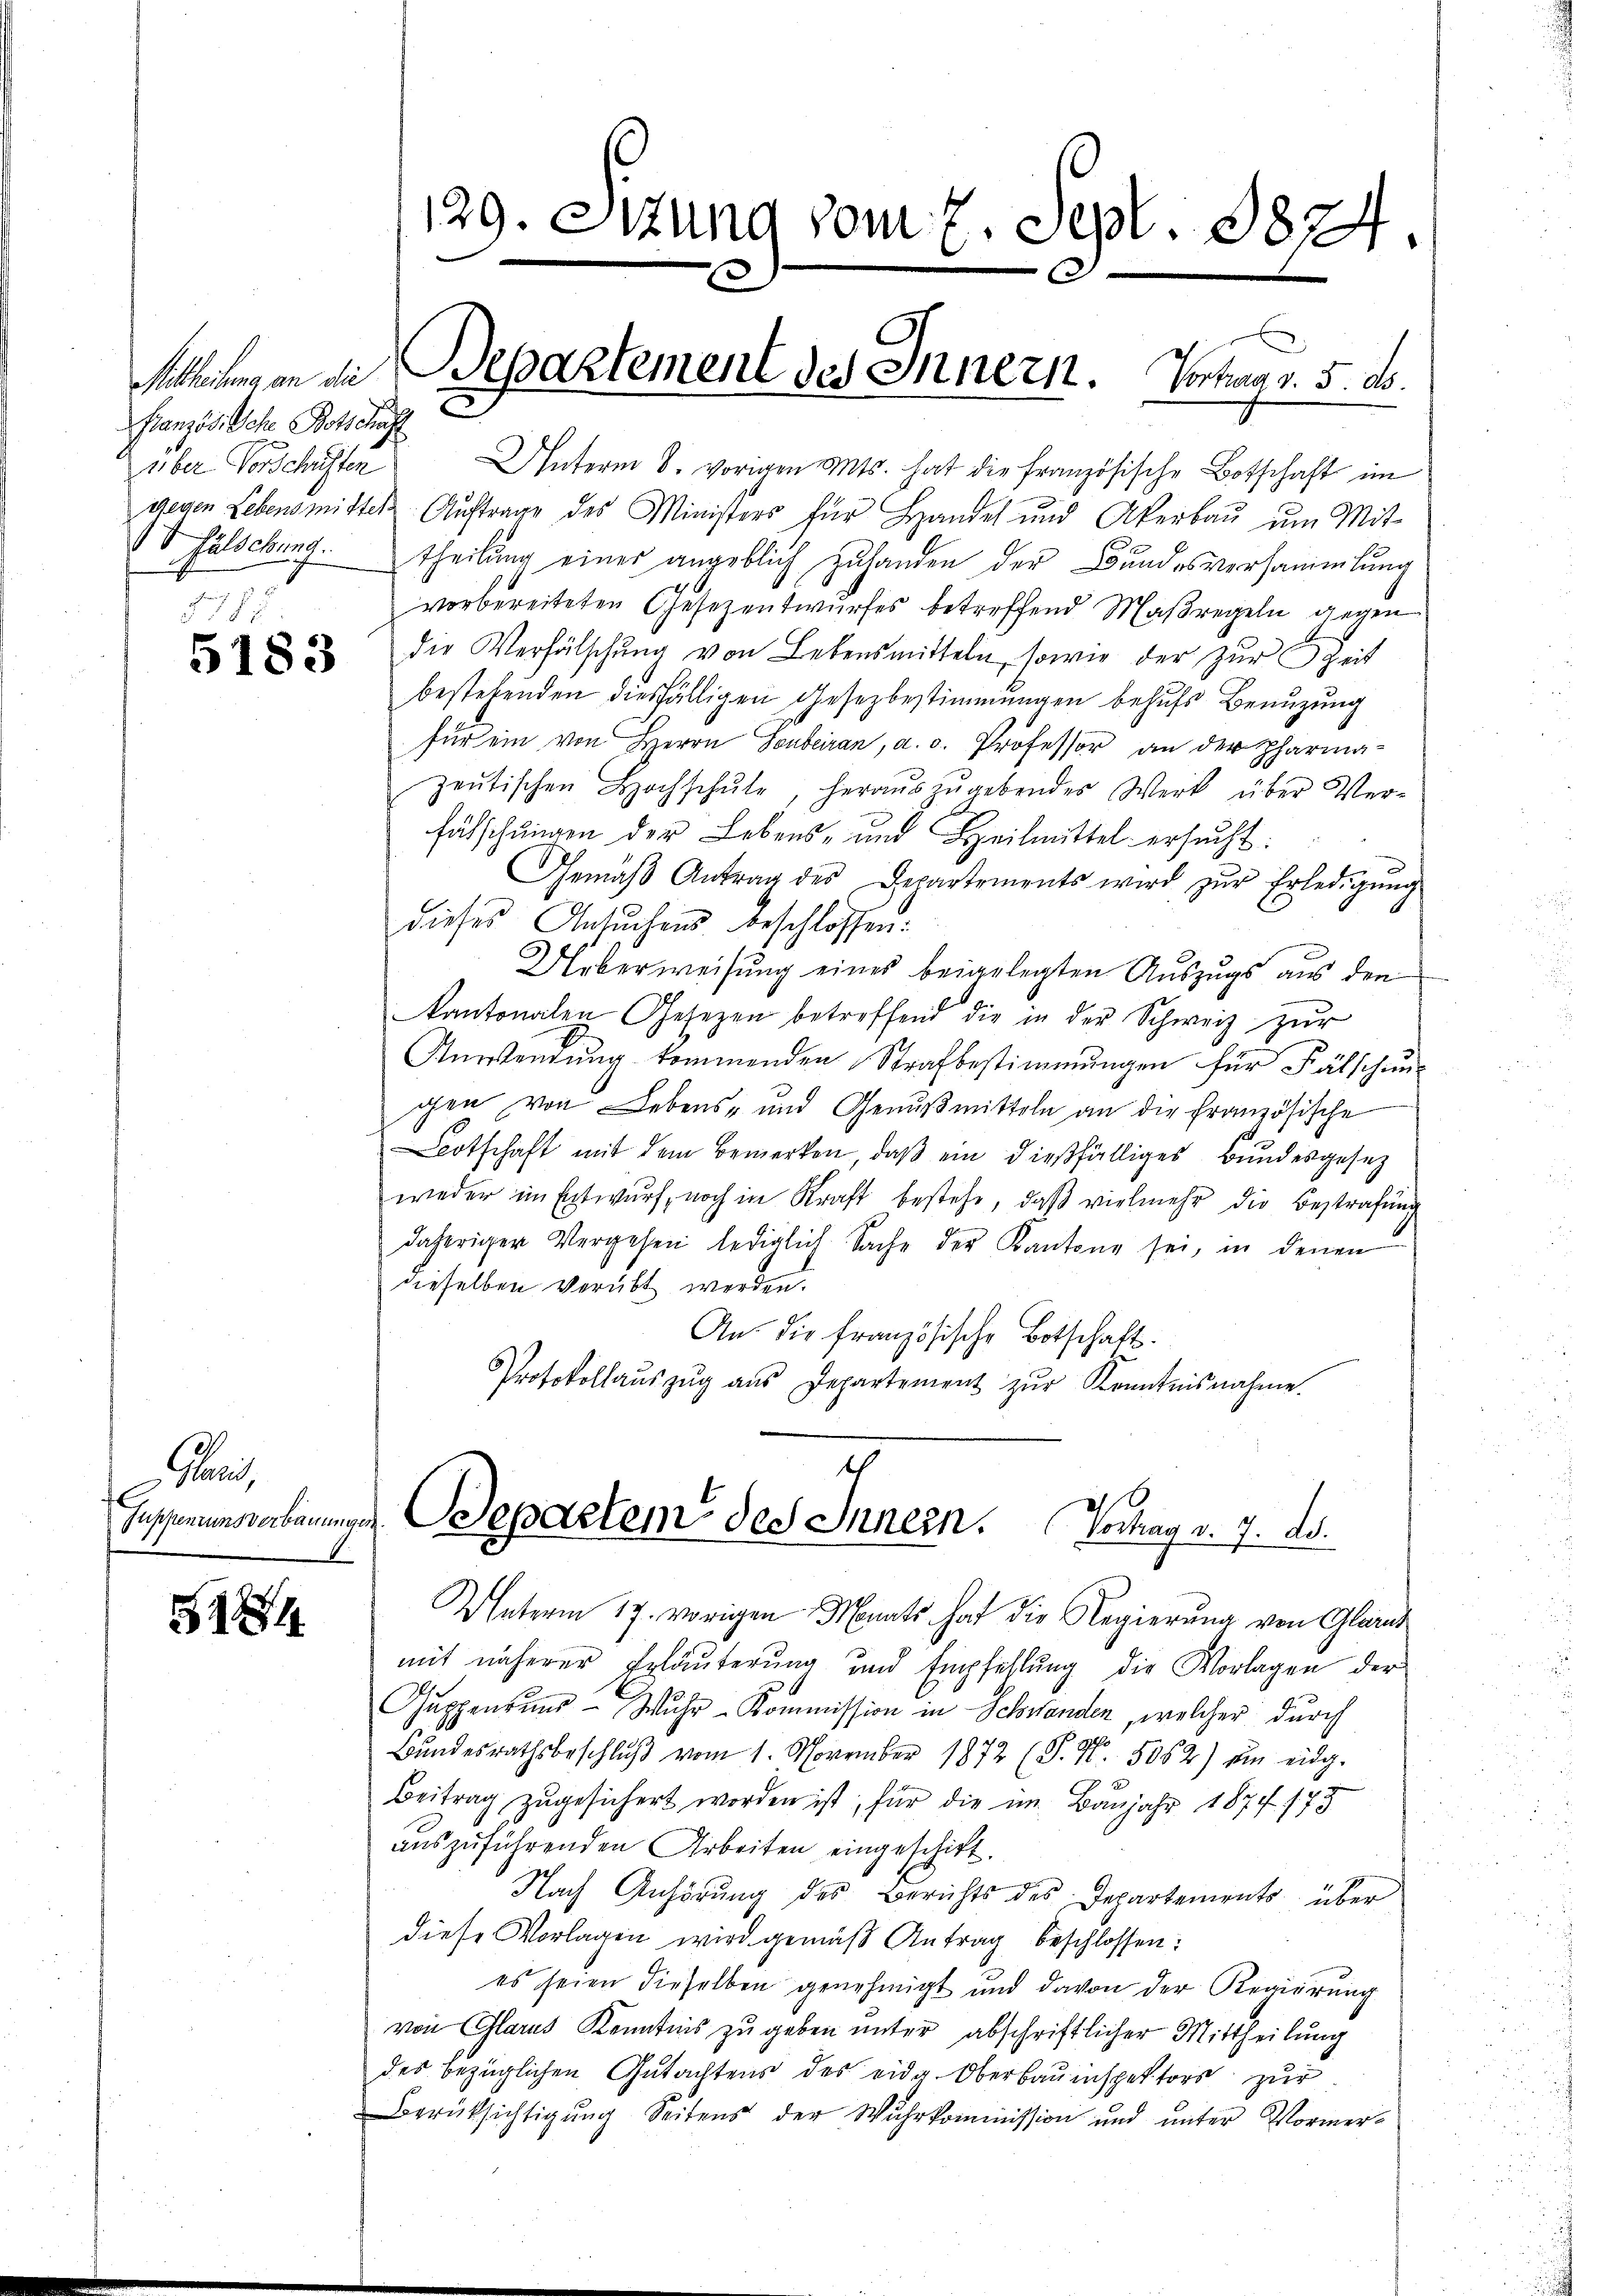
Französische Botschaf
über Vorschuster
 f
.
n

5183

Grand

281

Unterm 8. vorigen Mts. hat die französische Botschaft im
gegen Lebensmittel Aŭftrage des Ministers für Handel und Akerbaŭ ŭm Mit-
VHälsebung. Theilung eines angeblich zuhanden der Bundesversammlung
vorbereiteten Gesezentwurfes betreffend Maßregeln gegen
die Verhälschŭng von Lebensmitteln, sowie der zŭr Zeit
bestehenden diesfälligen Gesezbestimmungen behufs Benuzung
für ein von Herrn Sonberan, a. d. Professor an der Pharma-
zeŭtischen Hochschŭle, heraŭszŭgebendes Werk über Ver-
fälschungen der Lebens- und Heilmittel ersucht:
Gemäβ Antrag des Departements wird zŭr Erledigŭng
dieses Ansuchens beschlossen:
Ueberweisung eines beigelegten Auszugs aus den
kantonalen Gesetzen betreffend die in der Schweiz zur
Auwendung kommenden Strafbestimmungen für Fälschung
gen von Lebens- und Genußmitteln an die Französische
Botschaft mit dem Bemerken, daβ ein dießfälliges Bundesgesez
weder im Entwurf, noch in Kraft bestehe, daß vielmehr die Bestrafung
daheriger Vergehen lediglich Sache der Kantone sei, in denen
dieselben verübt werden.
An die französische Botschaft:
Protokollaŭszŭg aŭs Departement zŭr Kenntnisnahme.

129. Sizung vom 7. Sept. 1824

Sitteilung an die Bepartement des Innern. Vortrag v. 5. ds.

t
Insperimsverbauungen Departem des Innern. Vortrag v. 7. ds.

Unterm 17. vorigen Monats hat die Regierung von Glarus
mit näherer Erläuterung und Empfehlŭng die Vorlagen der
Guppenzung - Muhr-Kommission in Schwanden, welcher durch
Bundesrathsbeschlŭβ vom 1. November 1872 (S. 97. 5062) ein eidg.
Beitrag zugesichert worden ist, für die im Banjahr 1874. 173
auszuführenden Arbeiten eingeschict.
Nach Anhörung des Berichts des Departements über
diese Vorlagen wird gemäß Antrag beschlossen:
es seien dieselben genehmigt und davon der Regierung
von Glarus Kenntnis zu geben unter abschriftlicher Mittheilung
des bezüglichen Gutachtens des eidg. Oberbauinspektors zur
Berüksichtigung Seitens der Wuhrkommission und unter Vormer¬